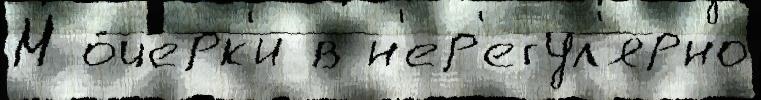
М о́черк'и в н'ер'егул'ярно